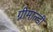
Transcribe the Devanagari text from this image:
ग्रीमाल्डी